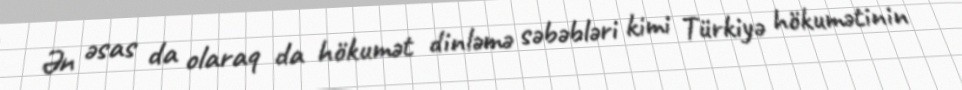
Ən əsas da olaraq da hökumət dinləmə səbəbləri kimi Türkiyə hökumətinin